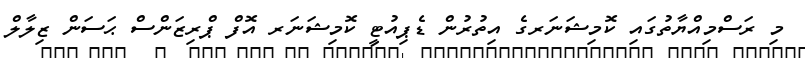
މި ރަސްމިއްޔާތުގައި ކޮމިޝަނަރގެ އިތުރުން ޑެޕިއުޓީ ކޮމިޝަނަރ އޮފް ޕްރިޒަންސް ޙަސަން ޒިލާލް